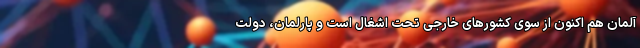
آلمان هم اکنون از سوی کشورهای خارجی تحت اشغال است و پارلمان، دولت